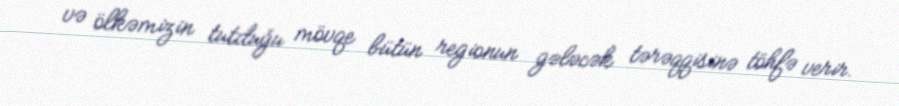
və ölkəmizin tutduğu mövqe bütün regionun gələcək tərəqqisinə töhfə verir.